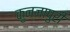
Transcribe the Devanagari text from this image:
कुन्जापुरी